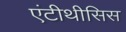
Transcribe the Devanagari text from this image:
एंटीथीसिस